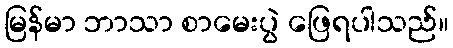
မြန်မာ ဘာသာ စာမေးပွဲ ဖြေရပါသည်။